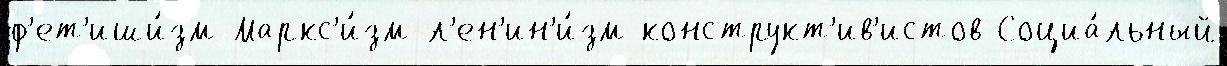
ф'ет'иши́зм Маркс'и́зм-л'ен'ин'и́зм конструкт'ив'истов Социа́льный